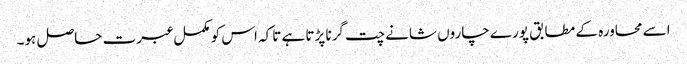
اسے محاورہ کے مطابق پورے چاروں شانے چت گرنا پڑتا ہے تاکہ اس کو مکمل عبرت حاصل ہو۔